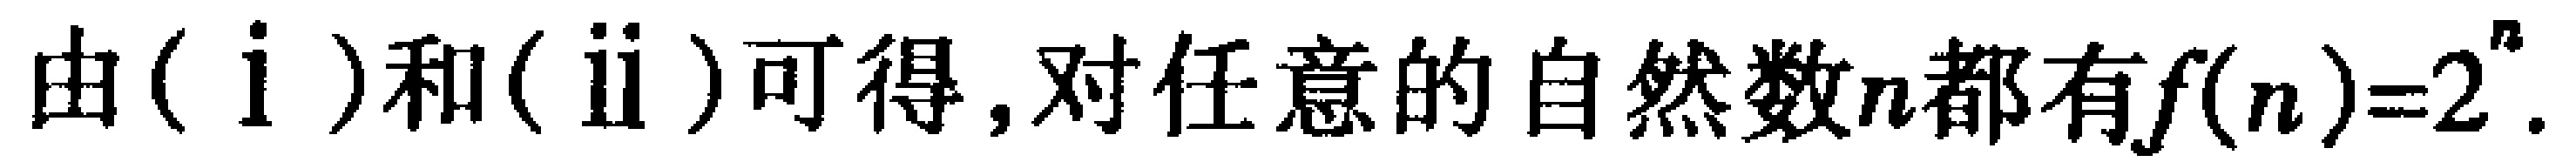
由$(\mathrm{i})$和$(\mathrm{ii})$可得, 对任意的自然数$n$都有$f(n)=2^{n}$.